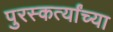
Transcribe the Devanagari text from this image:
पुरस्कर्त्यांच्या